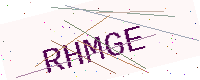
Text: RHMGE